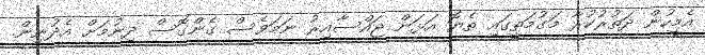
އެމީހުން ދަތުރުކުރާ މަގުމަތީގައި ތެޔޮ އަޅަން ޖައްސާއިރު ނަމަވެސް ގެންގޮސް ދިނުމަށް އެދުނިން.